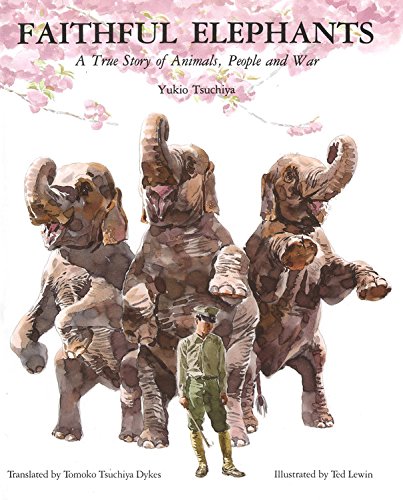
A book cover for Faithful Elephants: A True Story of Animals, People, and War; Yukio Tsuchiya; Children's Books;